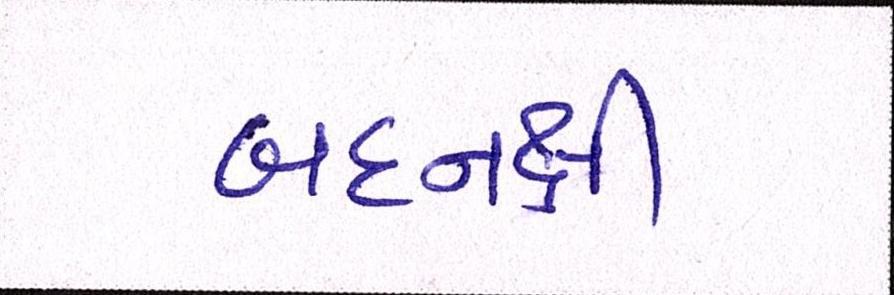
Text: બદનક્ષી